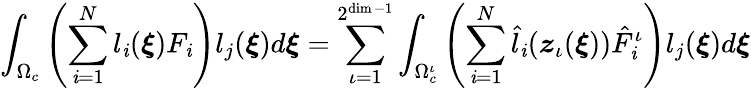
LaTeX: \int_{\Omega_{c}}\left(\sum_{\mathit{i}=1}^{N}l_{\mathit{i}}(\boldsymbol{\xi})F_{\mathit{i}}\right)l_{j}(\boldsymbol{\xi})d\boldsymbol{\xi}=\sum_{\iota=1}^{2^{\dim-1}}\int_{\Omega_{c}^{\iota}}\left(\sum_{\mathit{i}=1}^{N}\hat{{l}}_{\mathit{i}}(\boldsymbol{z}_{\iota}(\boldsymbol{\xi}))\hat{{F}}_{\mathit{i}}^{\iota}\right)l_{j}(\boldsymbol{\xi})d\boldsymbol{\xi}